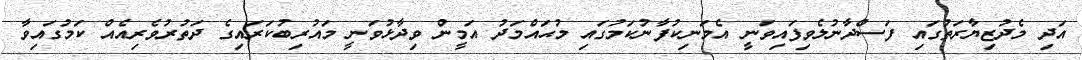
އަދި މެދުޒިޔާރަތުގައި ފަސްދާނުލެވިފައިވަނީ އެމަނިކުފާނުކަމުގައި މުޙައްމަދު އަމީން ވިދާޅުވަނީ މައުރިބުކަރައިގެ ދަތުރުވެރިއެއް ކަމުގައިވާ